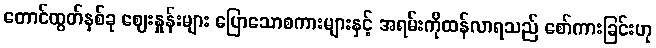
တောင်ထွတ်နှစ်ခု ဈေးနှုန်းများ ပြောသောစကားများနှင့် အရမ်းကိုထန်လာရသည် စော်ကားခြင်းဟု